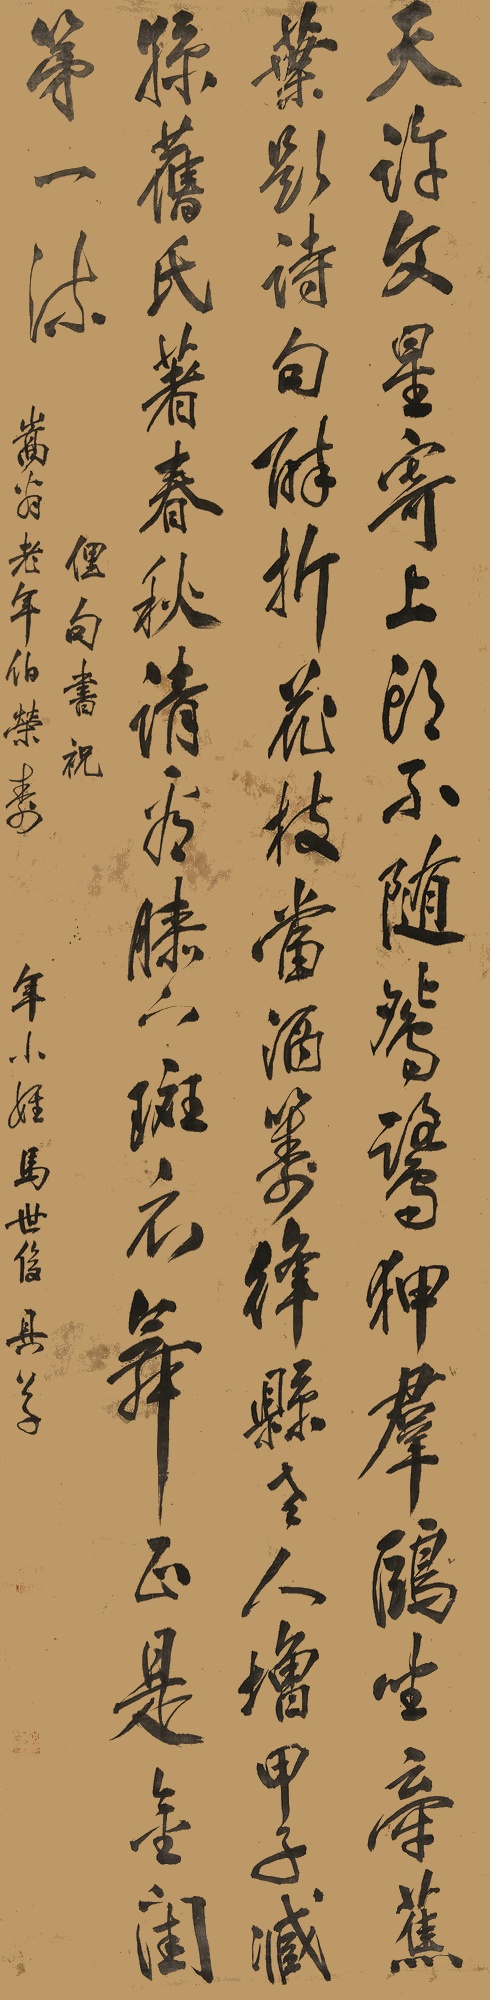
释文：天许文星寄上头，不随鸳鹭狎群鸥。坐牵蕉叶题诗句，醉折花枝当酒筹。绛县老人增甲子，臧孙旧氏著春秋。请看膝下斑衣舞，正是金闺第一流。俚句书祝嵩翁老年伯荣寿。年小侄马世俊具草。